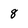
Character: 8